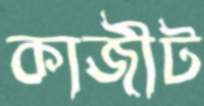
কাজীট